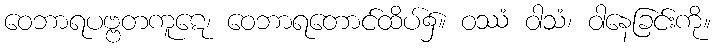
ဝေဘာရပဗ္ဗတကူဋေ၊ ဝေဘာရတောင်ထိပ်၌။ ဝဿံ ဝါသံ၊ ဝါနေခြင်းကို။